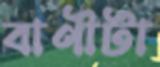
বাণীটা